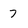
Character: 7